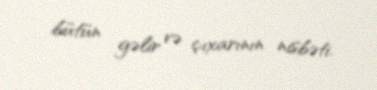
bütün gəlir və çıxarının nisbəti.